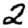
Digit: 2